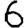
Digit: 6